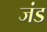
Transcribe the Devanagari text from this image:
जंड